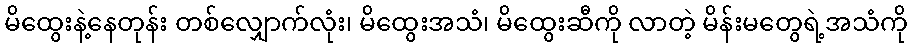
မိထွေးနဲ့နေတုန်း တစ်လျှောက်လုံး၊ မိထွေးအသံ၊ မိထွေးဆီကို လာတဲ့ မိန်းမတွေရဲ့အသံကို